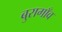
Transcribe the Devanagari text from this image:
बुरागाँव